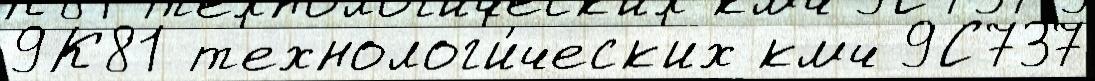
9К81 т'ехнолог'и́ческ'их кмч 9С737